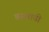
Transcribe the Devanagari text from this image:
बसवावी